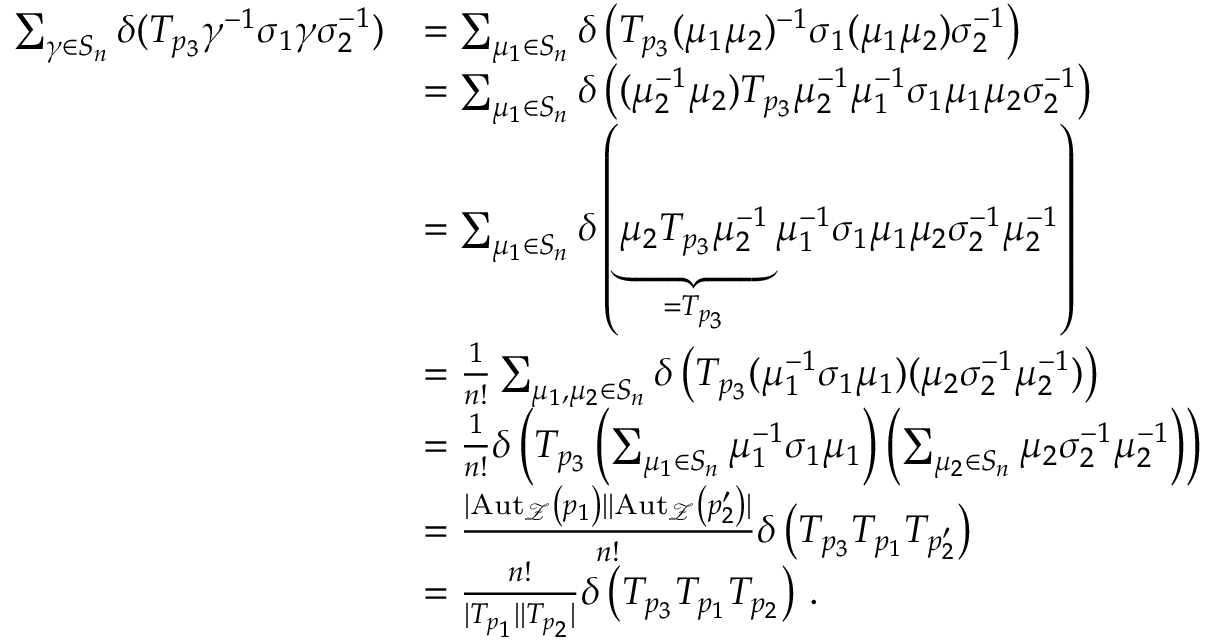
\begin{array} { r l } { \sum _ { \gamma \in S _ { n } } \delta ( T _ { p _ { 3 } } \gamma ^ { - 1 } \sigma _ { 1 } \gamma \sigma _ { 2 } ^ { - 1 } ) } & { = \sum _ { \mu _ { 1 } \in S _ { n } } \delta \left( T _ { p _ { 3 } } ( \mu _ { 1 } \mu _ { 2 } ) ^ { - 1 } \sigma _ { 1 } ( \mu _ { 1 } \mu _ { 2 } ) \sigma _ { 2 } ^ { - 1 } \right) } \\ & { = \sum _ { \mu _ { 1 } \in S _ { n } } \delta \left( ( \mu _ { 2 } ^ { - 1 } \mu _ { 2 } ) T _ { p _ { 3 } } \mu _ { 2 } ^ { - 1 } \mu _ { 1 } ^ { - 1 } \sigma _ { 1 } \mu _ { 1 } \mu _ { 2 } \sigma _ { 2 } ^ { - 1 } \right) } \\ & { = \sum _ { \mu _ { 1 } \in S _ { n } } \delta \left( \underbrace { \mu _ { 2 } T _ { p _ { 3 } } \mu _ { 2 } ^ { - 1 } } _ { = T _ { p _ { 3 } } } \mu _ { 1 } ^ { - 1 } \sigma _ { 1 } \mu _ { 1 } \mu _ { 2 } \sigma _ { 2 } ^ { - 1 } \mu _ { 2 } ^ { - 1 } \right) } \\ & { = \frac { 1 } { n ! } \sum _ { \mu _ { 1 } , \mu _ { 2 } \in S _ { n } } \delta \left( T _ { p _ { 3 } } ( \mu _ { 1 } ^ { - 1 } \sigma _ { 1 } \mu _ { 1 } ) ( \mu _ { 2 } \sigma _ { 2 } ^ { - 1 } \mu _ { 2 } ^ { - 1 } ) \right) } \\ & { = \frac { 1 } { n ! } \delta \left( T _ { p _ { 3 } } \left( \sum _ { \mu _ { 1 } \in S _ { n } } \mu _ { 1 } ^ { - 1 } \sigma _ { 1 } \mu _ { 1 } \right) \left( \sum _ { \mu _ { 2 } \in S _ { n } } \mu _ { 2 } \sigma _ { 2 } ^ { - 1 } \mu _ { 2 } ^ { - 1 } \right) \right) } \\ & { = \frac { | \mathrm { A u t } _ { \mathcal { Z } } \left( p _ { 1 } \right) | | \mathrm { A u t } _ { \mathcal { Z } } \left( p _ { 2 } ^ { \prime } \right) | } { n ! } \delta \left( T _ { p _ { 3 } } T _ { p _ { 1 } } T _ { p _ { 2 } ^ { \prime } } \right) } \\ & { = \frac { n ! } { | T _ { p _ { 1 } } | | T _ { p _ { 2 } } | } \delta \left( T _ { p _ { 3 } } T _ { p _ { 1 } } T _ { p _ { 2 } } \right) \, . } \end{array}